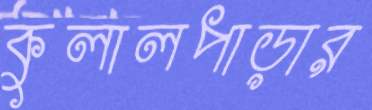
কুলালপাড়ার